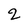
Character: 2